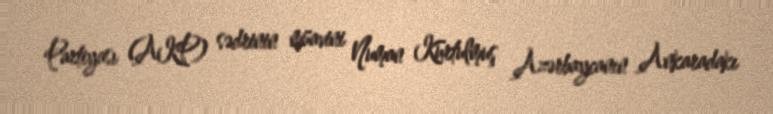
Partiyası (AKP) sədrinin müavini Numan Kurtulmuş Azərbaycanın Ankaradakı